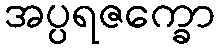
အပ္ပရဇက္ခော